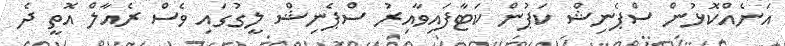
އަނެއްކޮޅުން ސްޕެނިޝް ކަޕުން ކަޓާފައިވާއިރު ސްޕެނިޝް ލީގުގައި ވެސް ރެއާލް އޮތީ ދެ